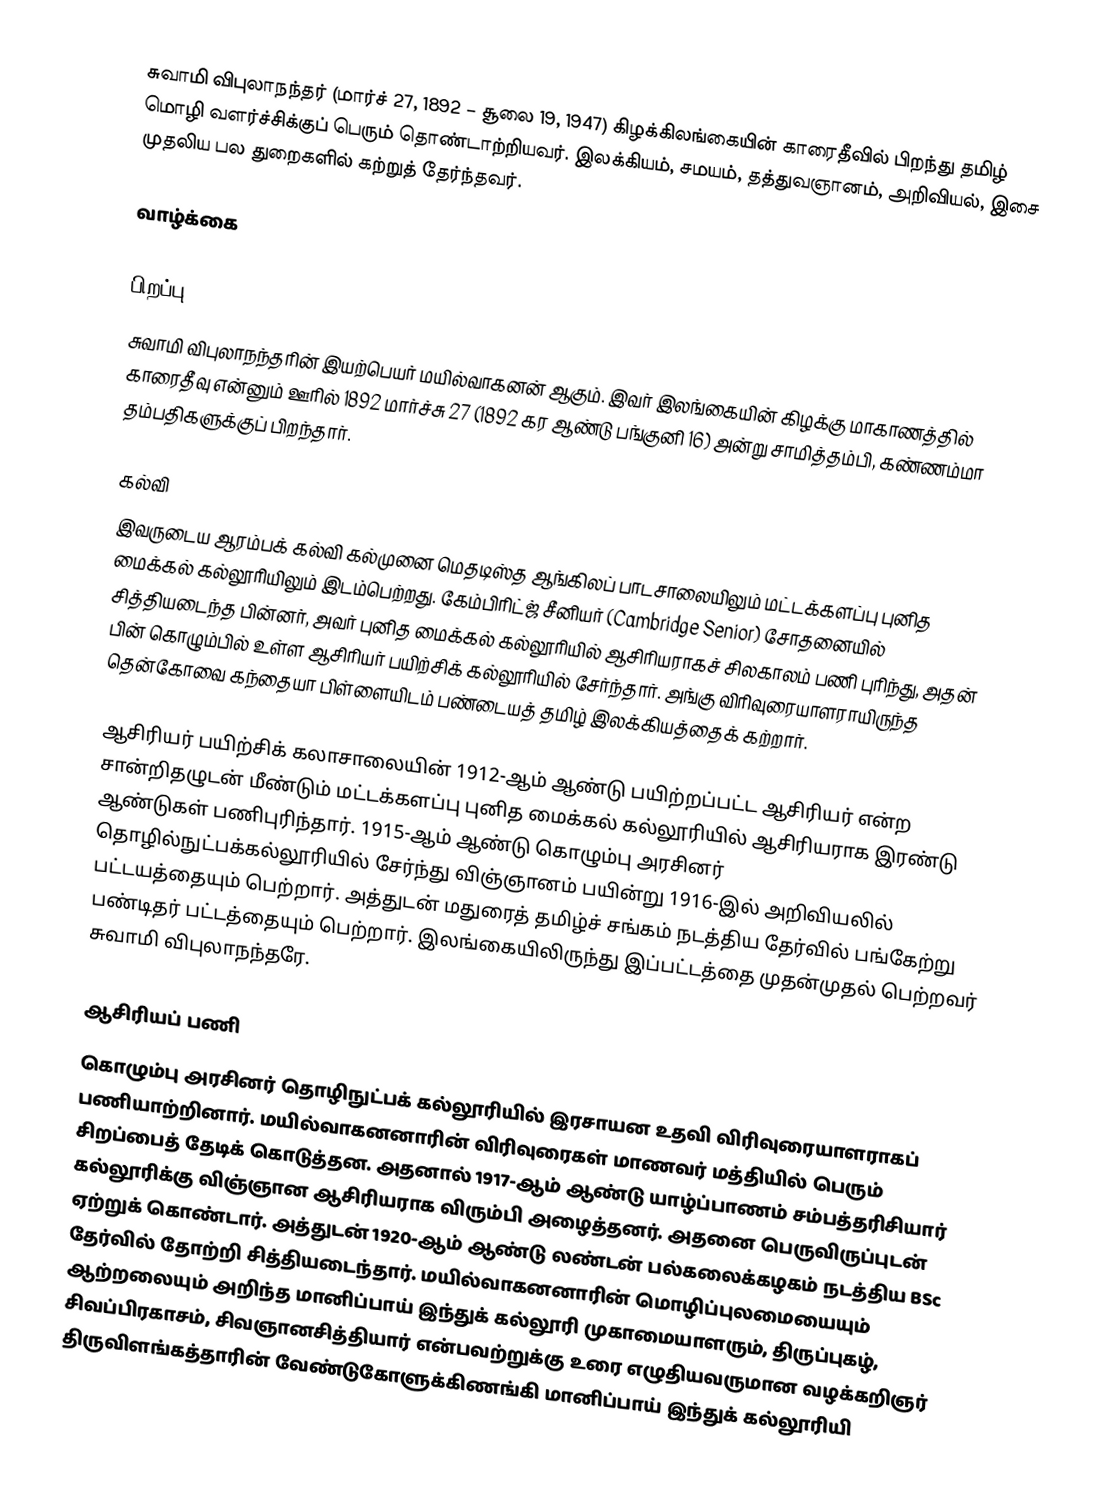
சுவாமி விபுலாநந்தர் (மார்ச் 27, 1892 – சூலை 19, 1947) கிழக்கிலங்கையின் காரைதீவில் பிறந்து தமிழ் மொழி வளர்ச்சிக்குப் பெரும் தொண்டாற்றியவர். இலக்கியம், சமயம், தத்துவஞானம், அறிவியல், இசை முதலிய பல துறைகளில் கற்றுத் தேர்ந்தவர்.

வாழ்க்கை

பிறப்பு
சுவாமி விபுலாநந்தரின் இயற்பெயர் மயில்வாகனன் ஆகும். இவர் இலங்கையின் கிழக்கு மாகாணத்தில் காரைதீவு என்னும் ஊரில் 1892  மார்ச்சு 27 (1892 கர ஆண்டு பங்குனி 16) அன்று சாமித்தம்பி, கண்ணம்மா தம்பதிகளுக்குப் பிறந்தார்.

கல்வி
இவருடைய ஆரம்பக் கல்வி கல்முனை மெதடிஸ்த ஆங்கிலப் பாடசாலையிலும் மட்டக்களப்பு புனித மைக்கல் கல்லூரியிலும் இடம்பெற்றது. கேம்பிரிட்ஜ் சீனியர் (Cambridge Senior) சோதனையில் சித்தியடைந்த பின்னர், அவர் புனித மைக்கல் கல்லூரியில் ஆசிரியராகச் சிலகாலம் பணி புரிந்து, அதன் பின் கொழும்பில் உள்ள ஆசிரியர் பயிற்சிக் கல்லூரியில் சேர்ந்தார். அங்கு விரிவுரையாளராயிருந்த தென்கோவை கந்தையா பிள்ளையிடம் பண்டையத் தமிழ் இலக்கியத்தைக் கற்றார்.

ஆசிரியர் பயிற்சிக் கலாசாலையின் 1912-ஆம் ஆண்டு பயிற்றப்பட்ட ஆசிரியர் என்ற சான்றிதழுடன் மீண்டும் மட்டக்களப்பு புனித மைக்கல் கல்லூரியில் ஆசிரியராக இரண்டு ஆண்டுகள் பணிபுரிந்தார். 1915-ஆம் ஆண்டு கொழும்பு அரசினர் தொழில்நுட்பக்கல்லூரியில் சேர்ந்து விஞ்ஞானம் பயின்று 1916-இல் அறிவியலில் பட்டயத்தையும் பெற்றார். அத்துடன் மதுரைத் தமிழ்ச் சங்கம் நடத்திய தேர்வில் பங்கேற்று பண்டிதர் பட்டத்தையும் பெற்றார். இலங்கையிலிருந்து இப்பட்டத்தை முதன்முதல் பெற்றவர் சுவாமி விபுலாநந்தரே.

ஆசிரியப் பணி
கொழும்பு அரசினர் தொழிநுட்பக் கல்லூரியில் இரசாயன உதவி விரிவுரையாளராகப் பணியாற்றினார். மயில்வாகனனாரின் விரிவுரைகள் மாணவர் மத்தியில் பெரும் சிறப்பைத் தேடிக் கொடுத்தன. அதனால் 1917-ஆம் ஆண்டு யாழ்ப்பாணம் சம்பத்தரிசியார் கல்லூரிக்கு விஞ்ஞான ஆசிரியராக விரும்பி அழைத்தனர். அதனை பெருவிருப்புடன் ஏற்றுக் கொண்டார். அத்துடன் 1920-ஆம் ஆண்டு லண்டன் பல்கலைக்கழகம் நடத்திய BSc தேர்வில் தோற்றி சித்தியடைந்தார். மயில்வாகனனாரின் மொழிப்புலமையையும் ஆற்றலையும் அறிந்த மானிப்பாய் இந்துக் கல்லூரி முகாமையாளரும், திருப்புகழ், சிவப்பிரகாசம், சிவஞானசித்தியார் என்பவற்றுக்கு உரை எழுதியவருமான வழக்கறிஞர் திருவிளங்கத்தாரின் வேண்டுகோளுக்கிணங்கி மானிப்பாய் இந்துக் கல்லூரியி